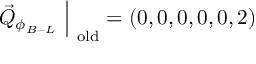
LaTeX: \vec { Q } _ { \phi _ { B - L } } ~ \Big | _ { \mathrm { ~ o l d } } = ( 0 , 0 , 0 , 0 , 0 , 2 )